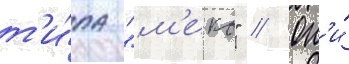
т'и́па "м'еко" // Он'и́